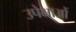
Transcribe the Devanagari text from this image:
उपेक्षाअों